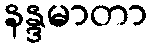
နန္ဒမာတာ